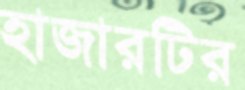
হাজারটির